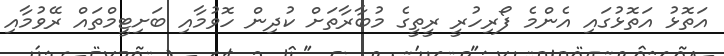
އަތޮޅު އަތޮޅުގައި އެންމެ ފޯރިހުރީ ރީތީގެ މުބާރާތަށް ކުދިން ހޮވުމާއި ބަށިޓީމްތައް ރޭވުމާއި